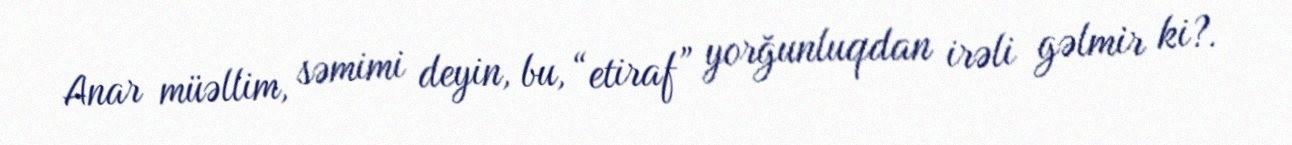
Anar müəllim, səmimi deyin, bu, “etiraf” yorğunluqdan irəli gəlmir ki?.